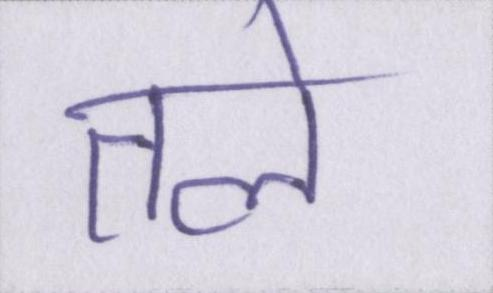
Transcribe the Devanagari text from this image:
तले